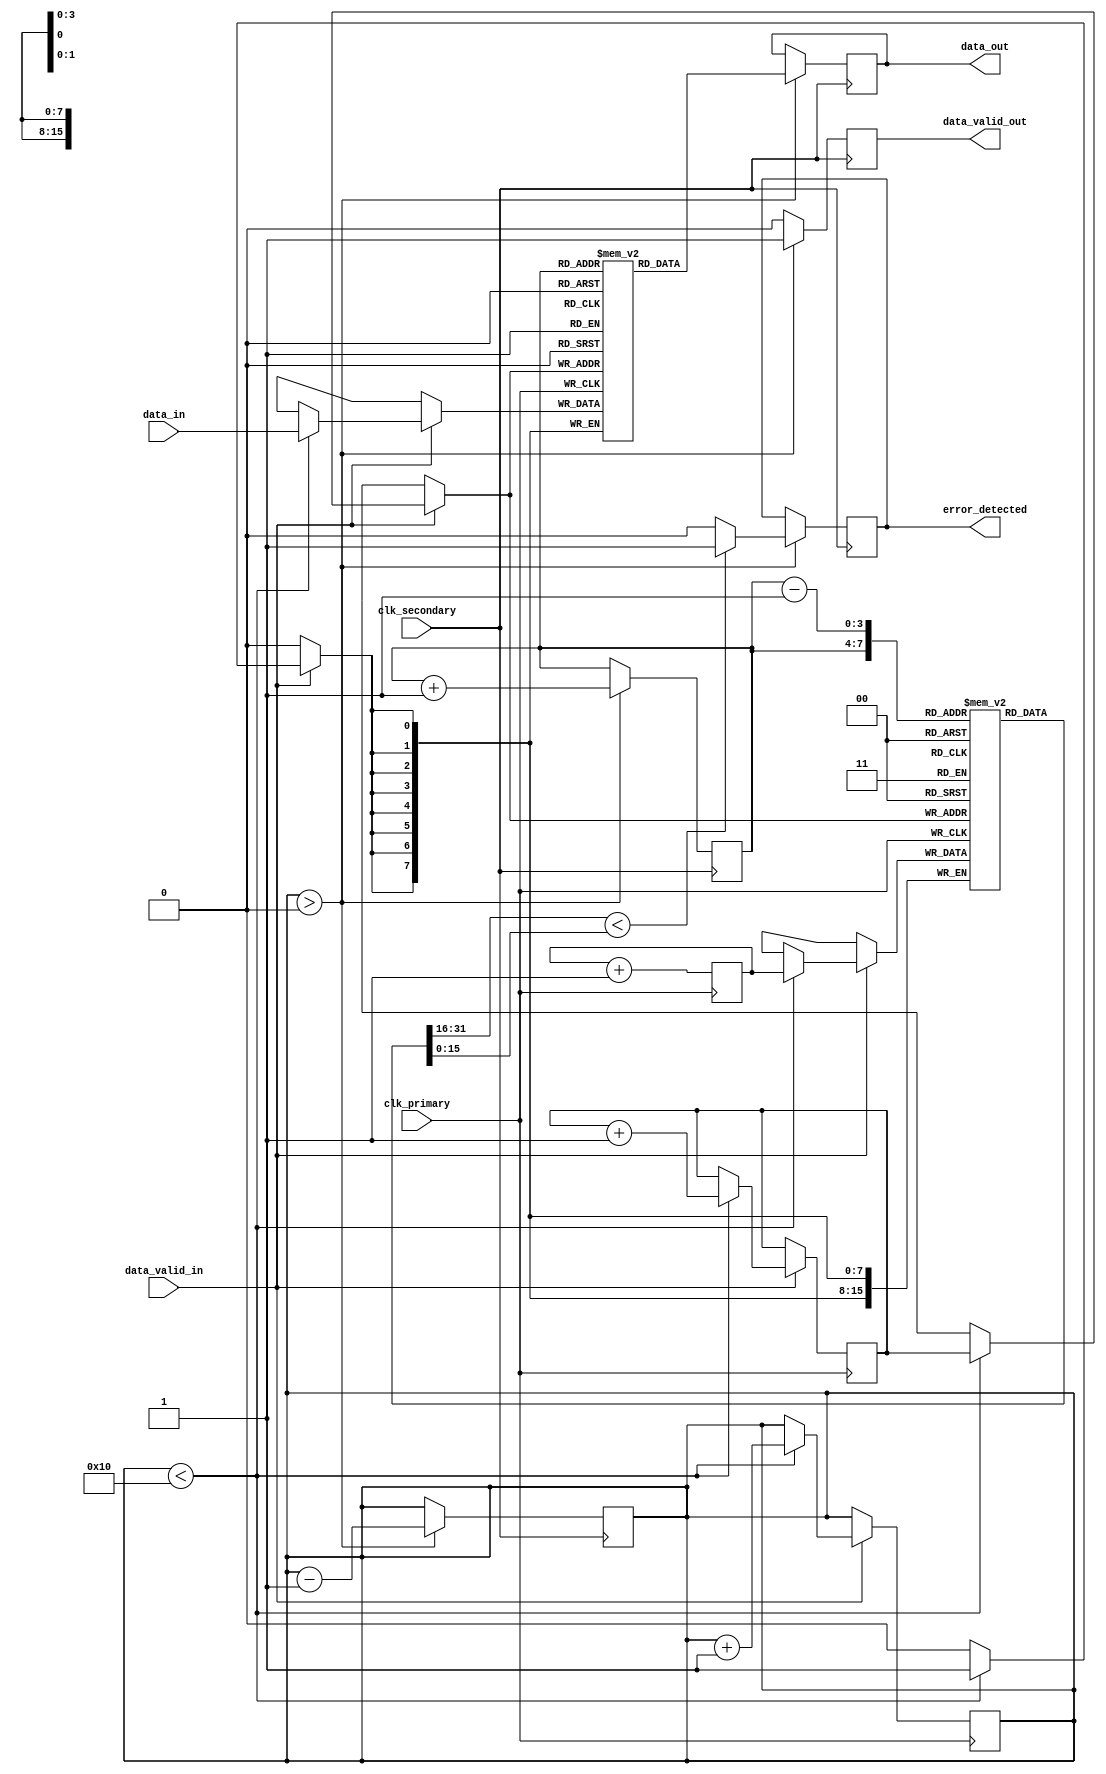
module TimeStampedSynchronizer #(
    parameter DATA_WIDTH = 8,
    parameter FIFO_DEPTH = 16
)(
    input wire clk_primary,            // Primary clock
    input wire clk_secondary,          // Secondary clock
    input wire [DATA_WIDTH-1:0] data_in, // Input data
    input wire data_valid_in,          // Input data valid signal
    output reg [DATA_WIDTH-1:0] data_out, // Output data
    output reg data_valid_out,         // Output data valid signal
    output reg error_detected          // Error detection signal
);

    // Time-stamp counter
    reg [15:0] timestamp_counter; // 16-bit timestamp
    reg [DATA_WIDTH-1:0] fifo_data[FIFO_DEPTH-1:0]; // FIFO buffer for data
    reg [15:0] fifo_timestamp[FIFO_DEPTH-1:0]; // FIFO buffer for timestamps
    reg [3:0] write_pointer; // Write pointer for FIFO
    reg [3:0] read_pointer; // Read pointer for FIFO
    reg [3:0] fifo_count; // Count of items in FIFO

    // Write logic in primary clock domain
    always @(posedge clk_primary) begin
        if (data_valid_in) begin
            if (fifo_count < FIFO_DEPTH) begin
                fifo_data[write_pointer] <= data_in;
                fifo_timestamp[write_pointer] <= timestamp_counter;
                write_pointer <= write_pointer + 1;
                fifo_count <= fifo_count + 1;
            end
        end
        timestamp_counter <= timestamp_counter + 1; // Increment timestamp
    end

    // Read logic in secondary clock domain
    always @(posedge clk_secondary) begin
        if (fifo_count > 0) begin
            data_out <= fifo_data[read_pointer];
            data_valid_out <= 1'b1; // Indicate data is valid
            read_pointer <= read_pointer + 1;
            fifo_count <= fifo_count - 1;
        end else begin
            data_valid_out <= 1'b0; // No valid data
        end
    end

    // CDC logic for data_valid signal
    reg data_valid_sync_1, data_valid_sync_2;
    always @(posedge clk_secondary) begin
        data_valid_sync_1 <= data_valid_in;
        data_valid_sync_2 <= data_valid_sync_1;
    end

    // Error detection logic
    always @(posedge clk_secondary) begin
        if (fifo_count > 0) begin
            // Check for timestamp discrepancies
            if (fifo_timestamp[read_pointer] < fifo_timestamp[read_pointer - 1]) begin
                error_detected <= 1'b1; // Error detected
            end else begin
                error_detected <= 1'b0; // No error
            end
        end
    end

    // Reset logic for pointers and counters
    initial begin
        write_pointer = 0;
        read_pointer = 0;
        fifo_count = 0;
        timestamp_counter = 0;
        data_valid_out = 0;
        error_detected = 0;
    end

endmodule